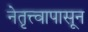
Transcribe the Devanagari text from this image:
नेतृत्त्वापासून